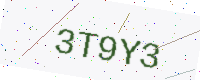
Text: 3T9Y3